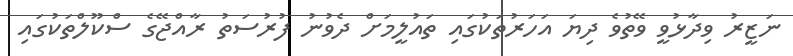
ނަޒީރު ވިދާޅުވީ ވޭތުވެ ދިޔަ އަަހަރުތަކުގައި ތައުލީމަށް ދެވުނު ފުރުސަތު ރާއްޖޭގެ ސްކޫލްތަކުގައި